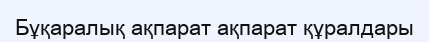
Бұқаралық ақпарат ақпарат құралдары